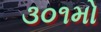
૩૦૧મો